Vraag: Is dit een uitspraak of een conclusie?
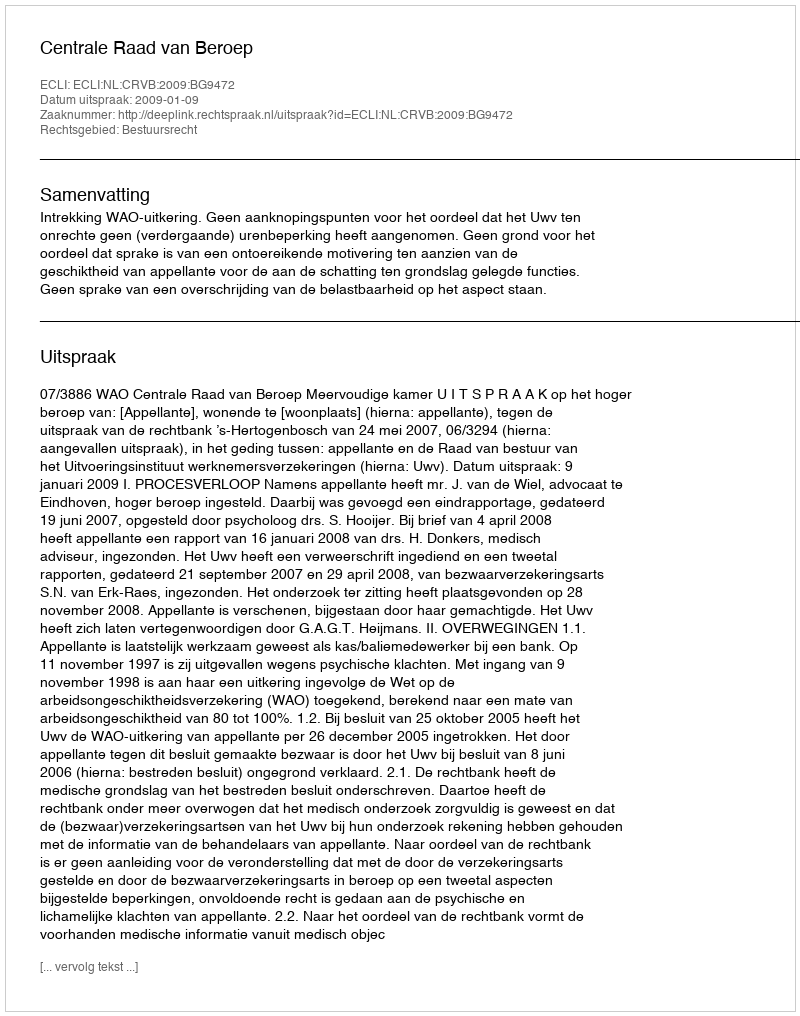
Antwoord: Uitspraak